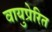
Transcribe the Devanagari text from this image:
वायुप्रेरित